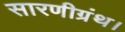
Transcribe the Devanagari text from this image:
सारणीग्रंथ।